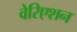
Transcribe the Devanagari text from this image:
वेरिएशन